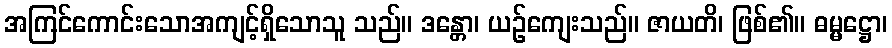
အကြင်ကောင်းသောအကျင့်ရှိသောသူ သည်။ ဒန္တော၊ ယဉ်ကျေးသည်။ ဇာယတိ၊ ဖြစ်၏။ ဓမ္မဋ္ဌော၊